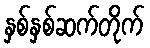
နှစ်နှစ်ဆက်တိုက်